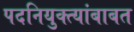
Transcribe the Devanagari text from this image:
पदनियुक्त्यांबाबत